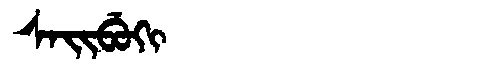
Manchu: ᠰᠠᡳᠪᡠᡴᡳ
Romanization: SAIBUKI